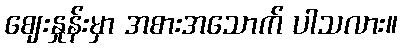
ဈေးနှုန်းမှာ အစားအသောက် ပါသလား။